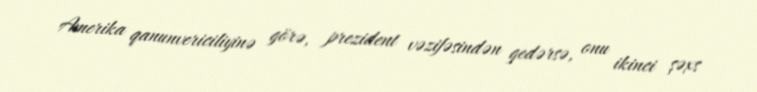
Amerika qanunvericiliyinə görə, prezident vəzifəsindən gedərsə, onu ikinci şəxs